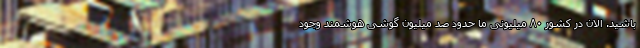
باشید. الان در کشور ۸۰ میلیونی ما حدود صد میلیون گوشی هوشمند وجود